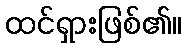
ထင်ရှားဖြစ်၏။